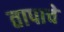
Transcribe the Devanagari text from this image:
तापाचे